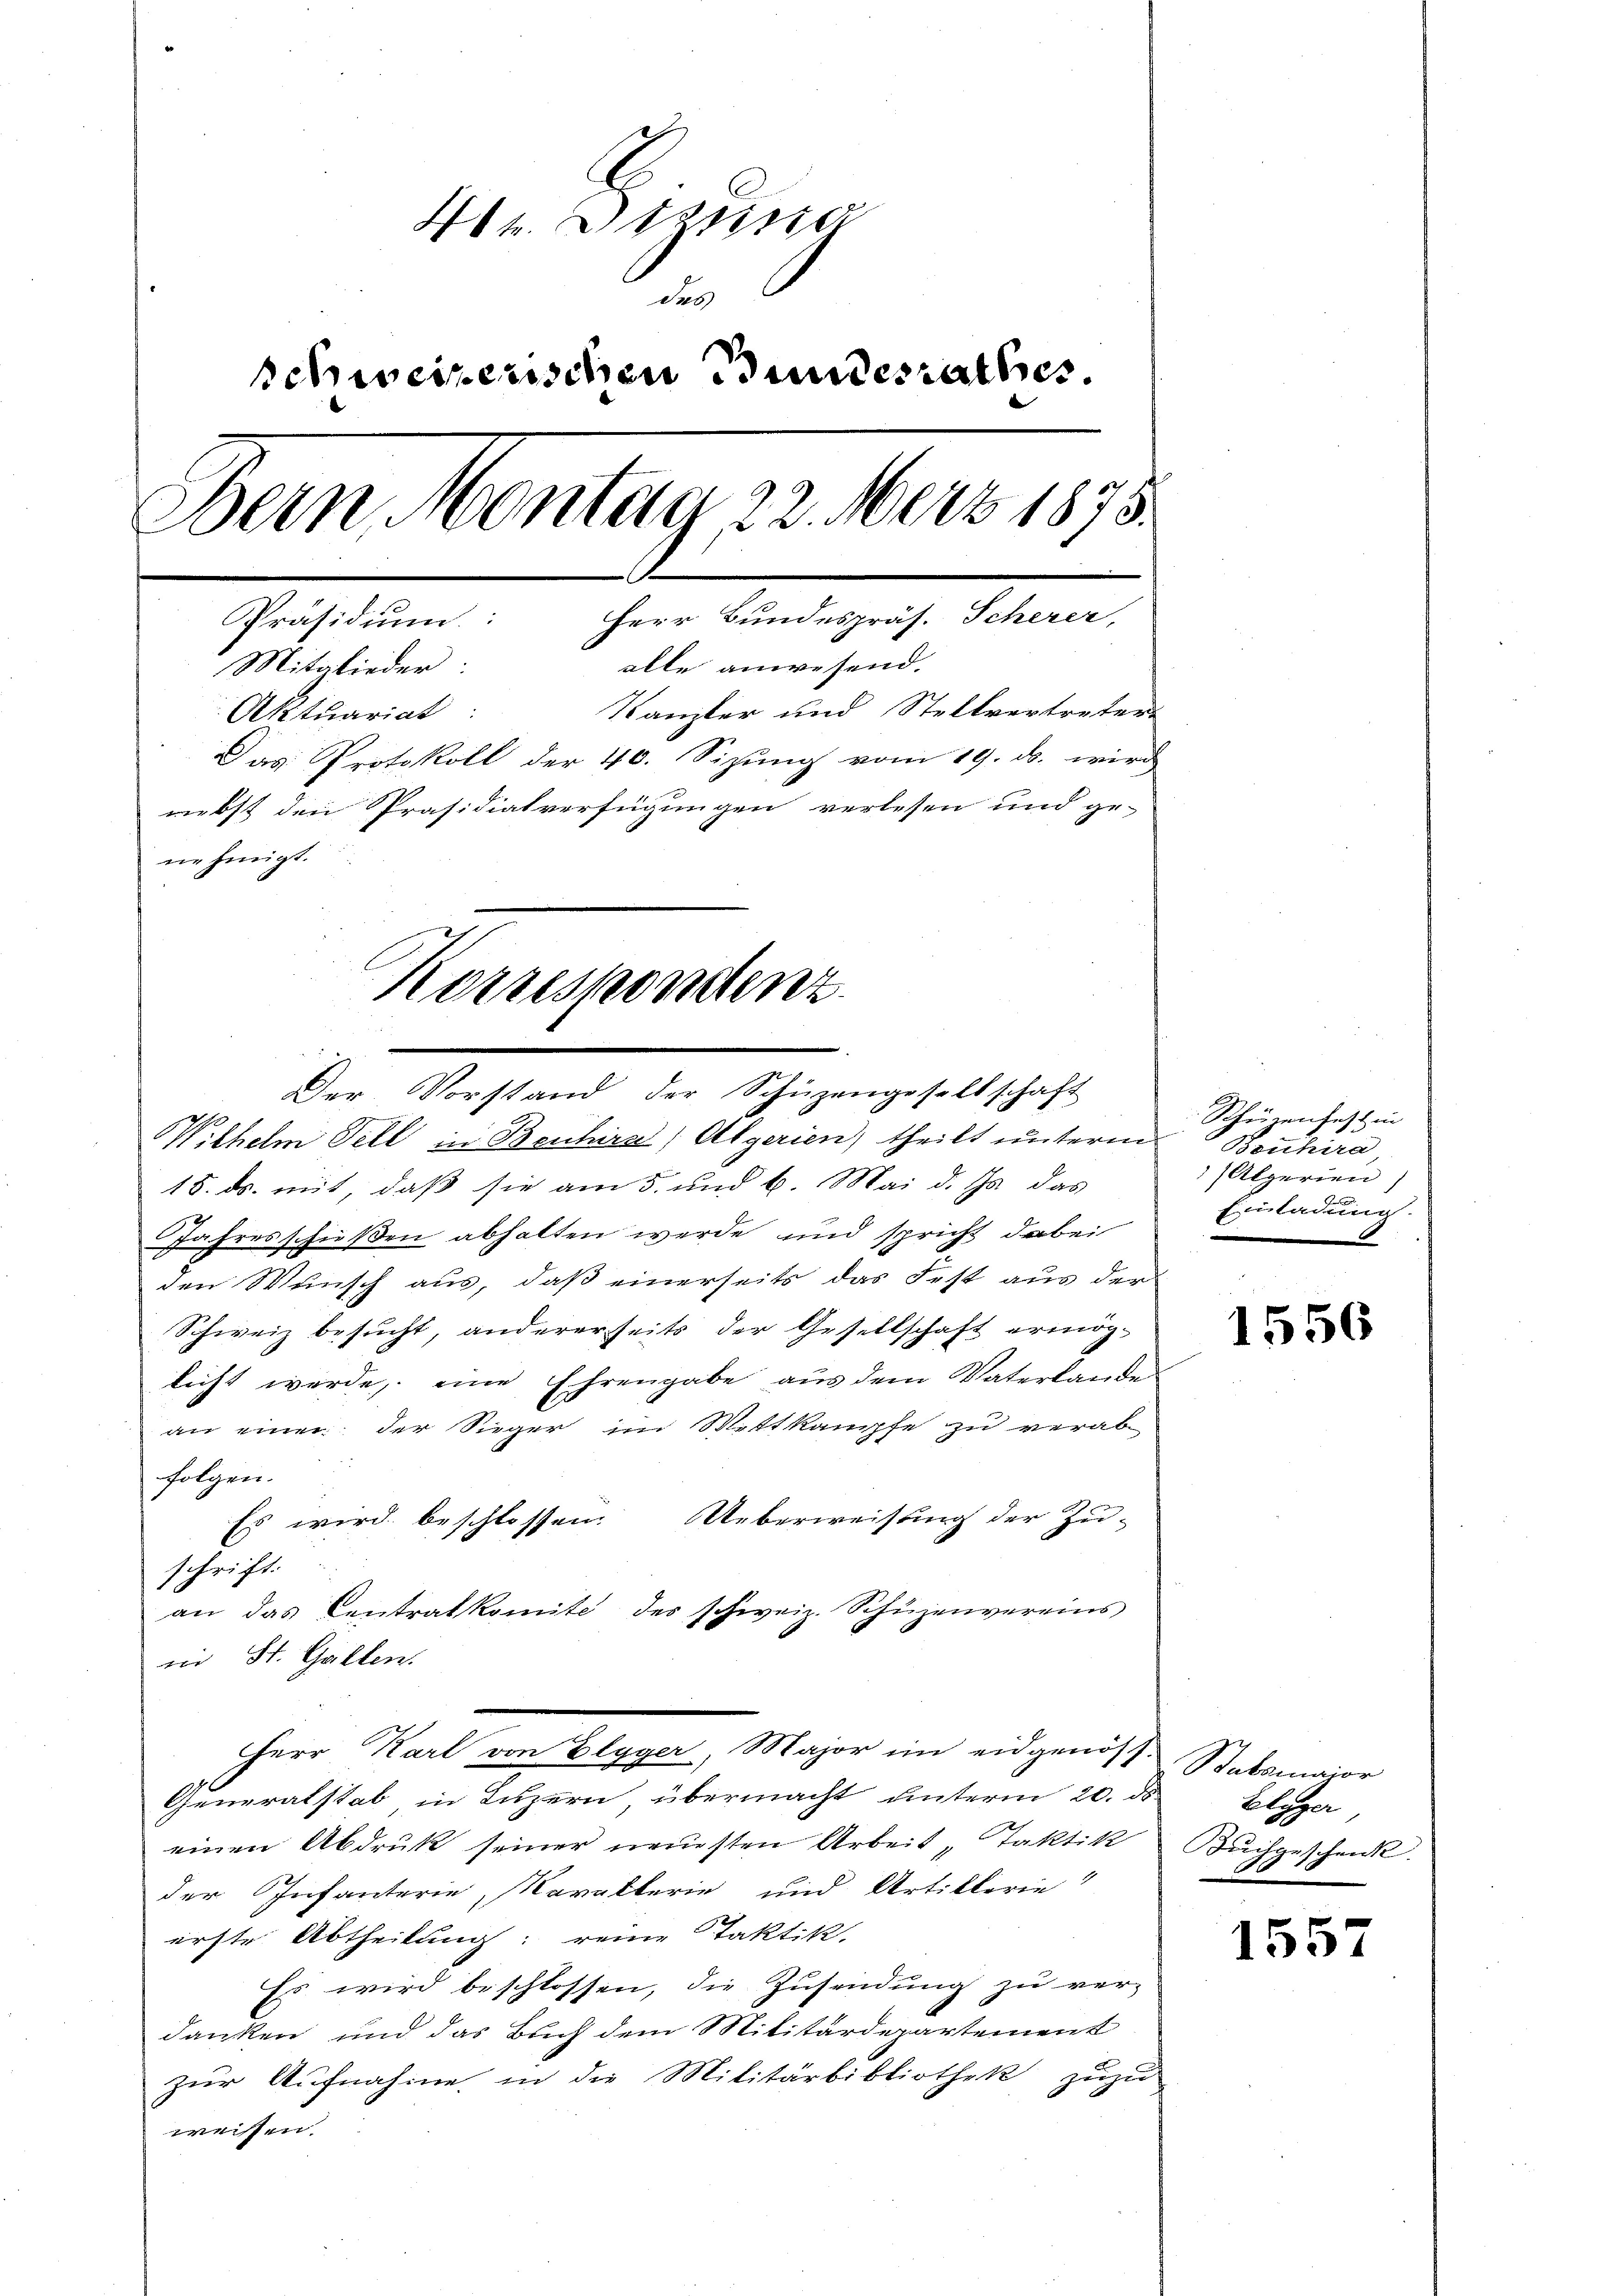
Hh. Diesma
des
schweizerischen Bundesrathes.
Dein Montag 22. Merz 1873.
Präsidium: Herr Bundespräs. Scherer,
alle anwesend.
Mitglieder:
Kanzler und Stellvertreters
Aktuariat
Das Protokoll der 40. Sizung vom 19. ds. wird
nebst den Präsidiatverfügungen verlesen und ge-
nehmigt.
Korrespondenz

Der Vorstand der Schüzengesellschaft

Wilhelm Fell in Beuhira) Algerien) theilt unterm
18. ds. mit, daß sie am 5. und 6. Mai d. Js. das
Jahresschießen abhalten werde und spricht dabei
den Wunsch aus, daß einerseits das Fest aus der
Schweiz besucht, andererseits der Gesellschaft ermög-
licht werde, eine Ehrengabe aus dem Vaterlande
an einer der Sieger im Mettkampfe zu verabfolgen.
Es wird beschlossen. Ueberweisung der Zuschrift.
an das Centralkomité des schweiz. Schüzenvereins
in St. Galten.
Herr Karl von Elgger, Major im eidgenös-
Generalstab in Luzern übermacht unterm 20. ds.
einen Abdruk seiner neuesten Arbeit, Taktik
der Infanterie, Karakterie und Artillerie
erste Abtheilung: reine Taktik.
Es wird beschlossen, die Zusendung zu ver-
danken und das Buch dem Militärdepartement
zur Aufnahme, in die Militärbibliothek zuzu-
weissen.

Schürenfest in
Bouhira,
Alperien)
Einladung.

1556

Stabsmajor
Elgger,
Kuilgeschenk
16

1557